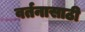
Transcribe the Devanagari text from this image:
वर्तनासाठी